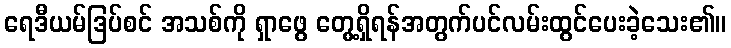
ရေဒီယမ်ဒြပ်စင် အသစ်ကို ရှာဖွေ တွေ့ရှိရန်အတွက်ပင်လမ်းထွင်ပေးခဲ့သေး၏။